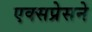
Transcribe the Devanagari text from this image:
एक्सप्रेसने